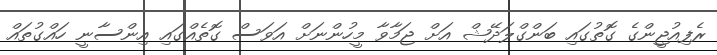
ރެފިއުޖީންގެ ގޮތުގައި ބަންގްލަދޭޝް އަށް ޖަމާވާ މީހުންނަށް އަވަސް ގޮތެއްގައި އިންސާނީ ހައްގުތައް